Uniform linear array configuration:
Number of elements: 24
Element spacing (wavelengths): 0.75
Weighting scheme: cosine
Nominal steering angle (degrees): -30
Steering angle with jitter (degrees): -28.287
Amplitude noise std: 0.05
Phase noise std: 0.05

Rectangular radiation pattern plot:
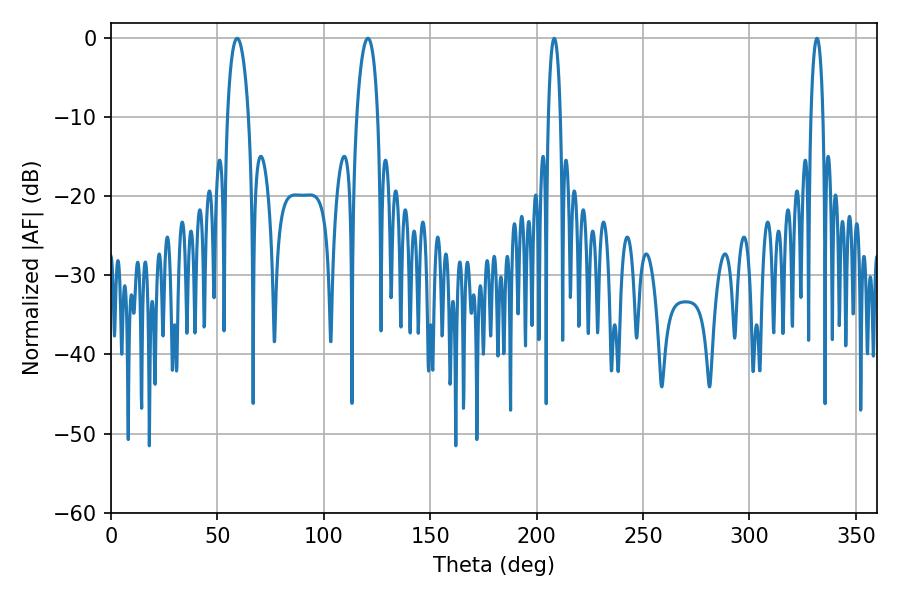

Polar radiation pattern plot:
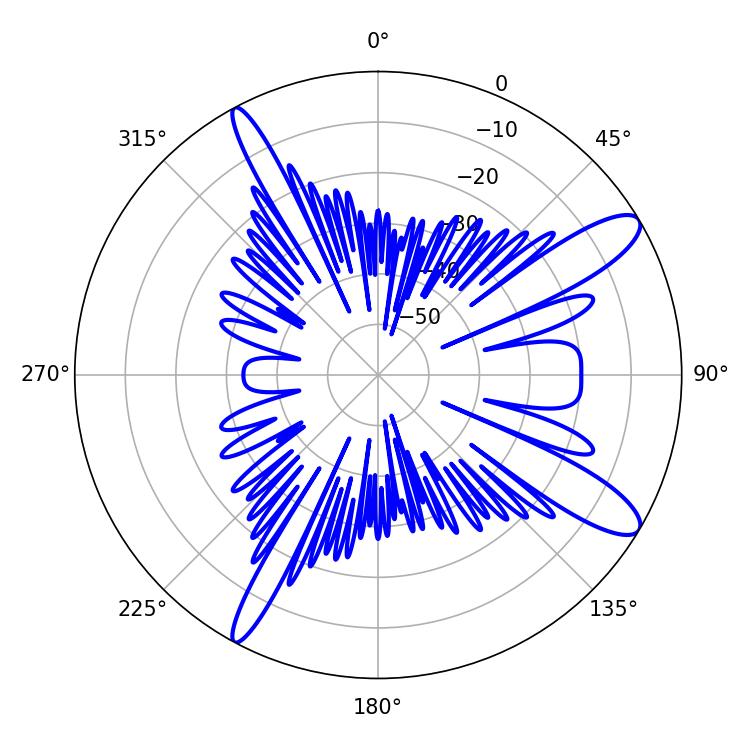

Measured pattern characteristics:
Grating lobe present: TRUE
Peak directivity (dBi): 11.88
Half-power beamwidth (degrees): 3.24
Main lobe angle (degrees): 208.26